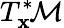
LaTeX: T_{\mathbf{x}}^{*}\! {\mathcal{{M}}}